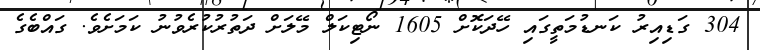
304 ގަޑިއިރު ކަނޑުމަތީގައި ހޭދަކޮށް 1605 ނޯޓިކަލް މޭލަށް ދަތުރުކުރެވުނު ކަމަށެވެ. ގައްބެގެ